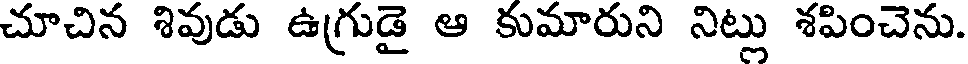
చూచిన శివుడు ఉగ్రుడై ఆ కుమారుని నిట్లు శపించెను.